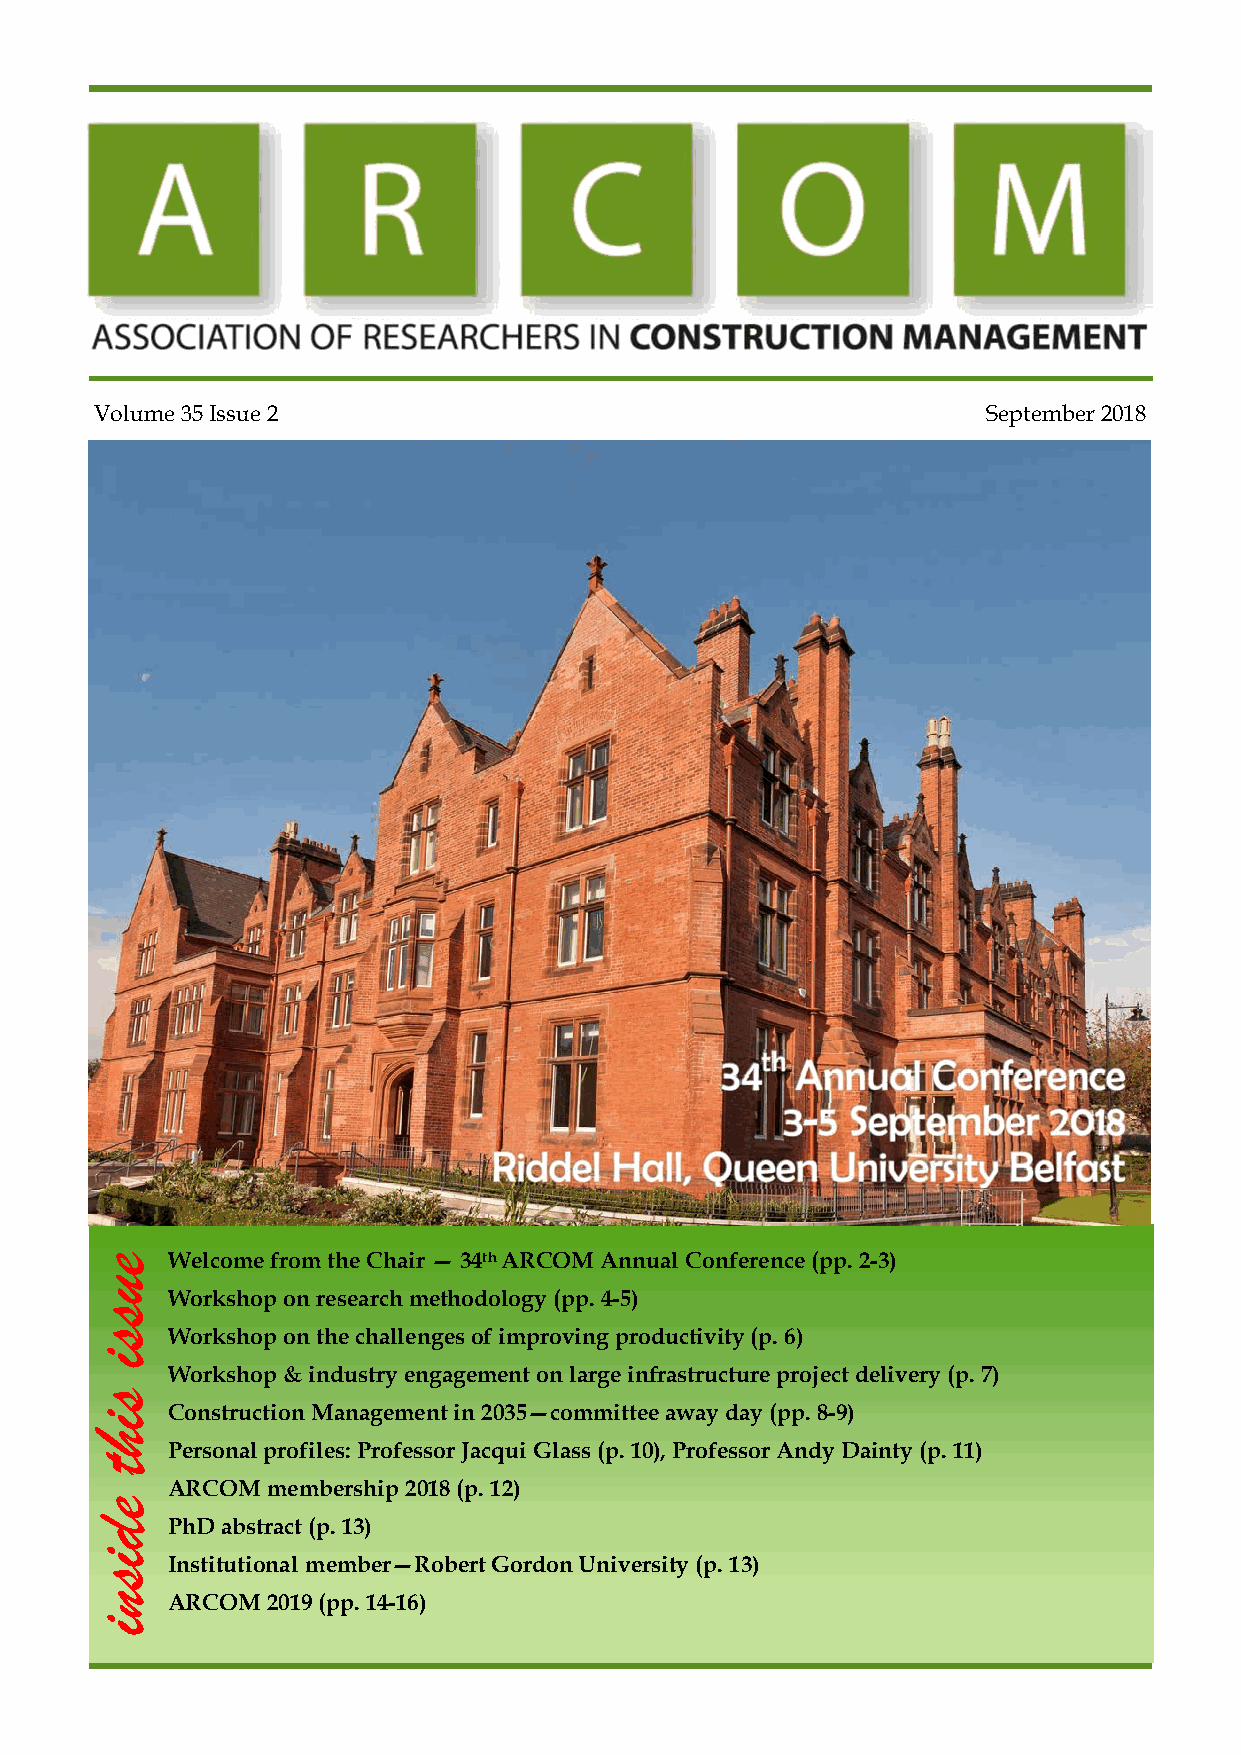
Volume 35 Issue 2                                          September 2018
 Welcome from the Chair — 34th ARCOM Annual Conference (pp. 2-3)
 Workshop on research methodology (pp. 4-5)
 Workshop on the challenges of improving productivity (p. 6)
 Workshop & industry engagement on large infrastructure project delivery (p. 7)
 Construction Management in 2035—committee away day (pp. 8-9)
 Personal profiles: Professor Jacqui Glass (p. 10), Professor Andy Dainty (p. 11)
 ARCOM  membership 2018 (p. 12)
 PhD abstract (p. 13)
 Institutional member—Robert Gordon University (p. 13)
 ARCOM  2019 (pp. 14-16)
 eussi
 siht
 edisni